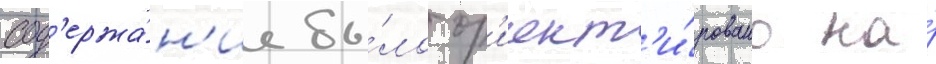
сод'ержа́н'ие бы́ло ор'иент'и́ровано на́